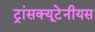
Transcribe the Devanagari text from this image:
ट्रांसक्यूटेनीयस